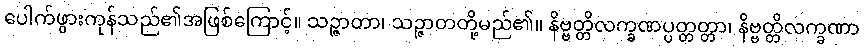
ပေါက်ဖွားကုန်သည်၏အဖြစ်ကြောင့်။ သဉ္ဇာတာ၊ သဉ္ဇာတတို့မည်၏။ နိဗ္ဗတ္တိလက္ခဏပ္ပတ္တတ္တာ၊ နိဗ္ဗတ္တိလက္ခဏာ